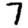
Digit: 7